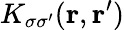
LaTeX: K_{\sigma\sigma^{\prime}}({\mathbf r},{\mathbf r^{\prime}})